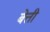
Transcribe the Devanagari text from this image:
बेत्ती